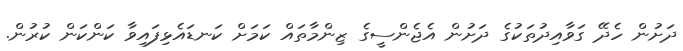
ދަށުން ހެދޭ ގަވާއިދުތަކުގެ ދަށުން އެޖެންސީގެ ޒިންމާތައް ކަމަށް ކަނޑައެޅިފައިވާ ކަންކަން ކުރުން.